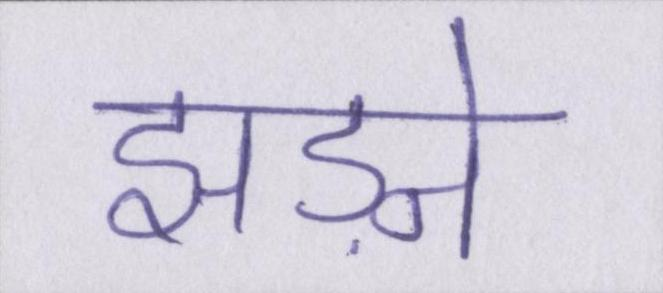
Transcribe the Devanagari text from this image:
झड़ने